Calcutta medical institutions reports 1879-81 [i.e.91]
Year: 1879
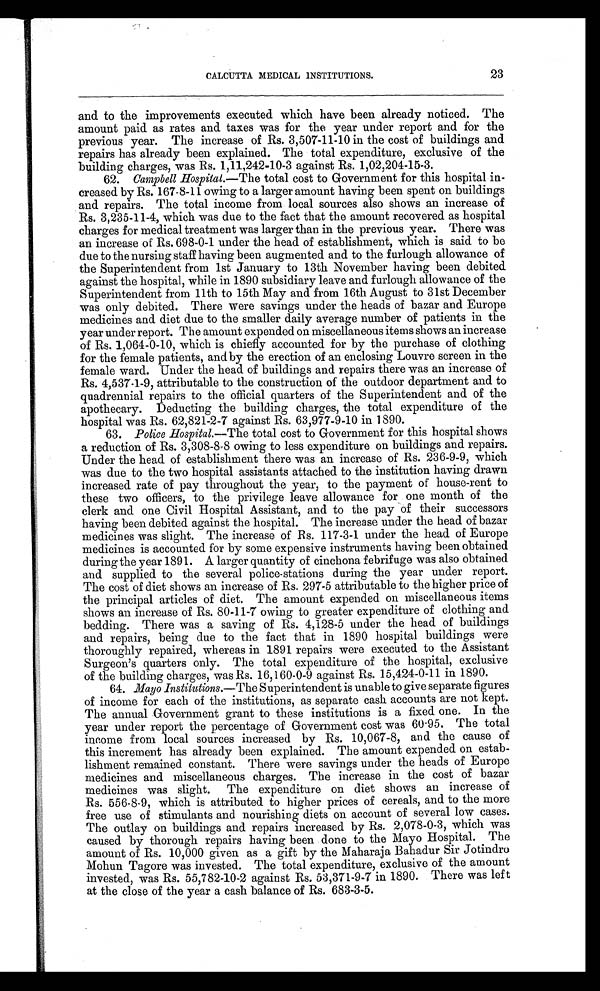
23
CALCUTTA MEDICAL INSTITUTIONS.
and to the improvements executed which have been already noticed. The
amount paid as rates and taxes was for the year under report and for the
previous year. The increase of Rs. 3,507-11-10 in the cost of buildings and
repairs has already been explained. The total expenditure, exclusive of the
building charges, was Rs. 1,11,242-10-3 against Rs. 1,02,204-15-3.
62. Campbell Hospital. —The total cost to Government for this hospital in-
creased by Rs. 167-8-11 owing to a larger amount having been spent on buildings
and repairs. The total income from local sources also shows an increase of
Rs. 3,235-11-4, which was due to the fact that the amount recovered as hospital
charges for medical treatment was larger than in the previous year. There was
an increase of Rs. 698-0-1 under the head of establishment, which is said to be
due to the nursing staff having been augmented and to the furlough allowance of
the Superintendent from 1st January to 13th November having been debited
against the hospital, while in 1890 subsidiary leave and furlough allowance of the
Superintendent from 11th to 15th May and from 16th August to 31st December
was only debited. There were savings under the heads of bazar and Europe
medicines and diet due to the smaller daily average number of patients in the
year under report. The amount expended on miscellaneous items shows an increase
of Rs. 1,064-0-10, which is chiefly accounted for by the purchase of clothing
for the female patients, and by the erection of an enclosing Louvre screen in the
female ward. Under the head of buildings and repairs there was an increase of
Rs. 4,537-1-9, attributable to the construction of the outdoor department and to
quadrennial repairs to the official quarters of the Superintendent and of the
apothecary. Deducting the building charges, the total expenditure of the
hospital was Rs. 62,821-2-7 against Rs. 63,977-9-10 in 1890.
63. Police Hospital. —The total cost to Government for this hospital shows
a reduction of Rs. 3,308-8-8 owing to less expenditure on buildings and repairs.
Under the head of establishment there was an increase of Rs. 236-9-9, which
was due to the two hospital assistants attached to the institution having drawn
increased rate of pay throughout the year, to the payment of house-rent to
these two officers, to the privilege leave allowance for one month of the
clerk and one Civil Hospital Assistant, and to the pay of their successors
having been debited against the hospital. The increase under the head of bazar
medicines was slight. The increase of Rs. 117-3-1 under the head of Europe
medicines is accounted for by some expensive instruments having been obtained
during the year 1891. A larger quantity of cinchona febrifuge was also obtained
and supplied to the several police-stations during the year under report.
The cost of diet shows an increase of Rs. 297-5 attributable to the higher price of
the principal articles of diet. The amount expended on miscellaneous items
shows an increase of Rs. 80-11-7 owing to greater expenditure of clothing and
bedding. There was a saving of Rs. 4,128-5 under the head of buildings
and repairs, being due to the fact that in 1890 hospital buildings were
thoroughly repaired, whereas in 1891 repairs were executed to the Assistant
Surgeon's quarters only. The total expenditure of the hospital, exclusive
of the building charges, was Rs. 16,160-0-9 against Rs. 15,424-0-11 in 1890.
64. Mayo Institutions.— The Superintendent is unable to give separate figures
of income for each of the institutions, as separate cash accounts are not kept.
The annual Government grant to these institutions is a fixed one. In the
year under report the percentage of Government cost was 60.95. The total
income from local sources increased by Rs. 10,067-8, and the cause of
this increment has already been explained. The amount expended on estab-
lishment remained constant. There were savings under the heads of Europe
medicines and miscellaneous charges. The increase in the cost of bazar
medicines was slight. The expenditure on diet shows an increase of
Rs. 556-8-9, which is attributed to higher prices of cereals, and to the more
free use of stimulants and nourishing diets on account of several low cases.
The outlay on buildings and repairs increased by Rs. 2,078-0-3, which was
caused by thorough repairs having been done to the Mayo Hospital. The
amount of Rs. 10,000 given as a gift by the Maharaja Bahadur Sir Jotindro
Mohun Tagore was invested. The total expenditure, exclusive of the amount
invested, was Rs. 55,782-10-2 against Rs. 53,371-9-7 in 1890. There was left
at the close of the year a cash balance of Rs. 683-3-5.